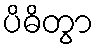
ပိဓိတွာ